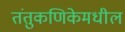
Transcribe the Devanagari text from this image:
तंतुकणिकेमधील